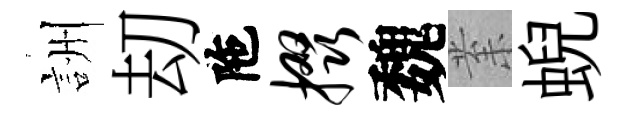
詶刧陁掇魏𭪙蜺